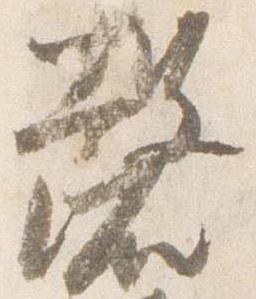
磬